Leaving Certificate Examination, 1921
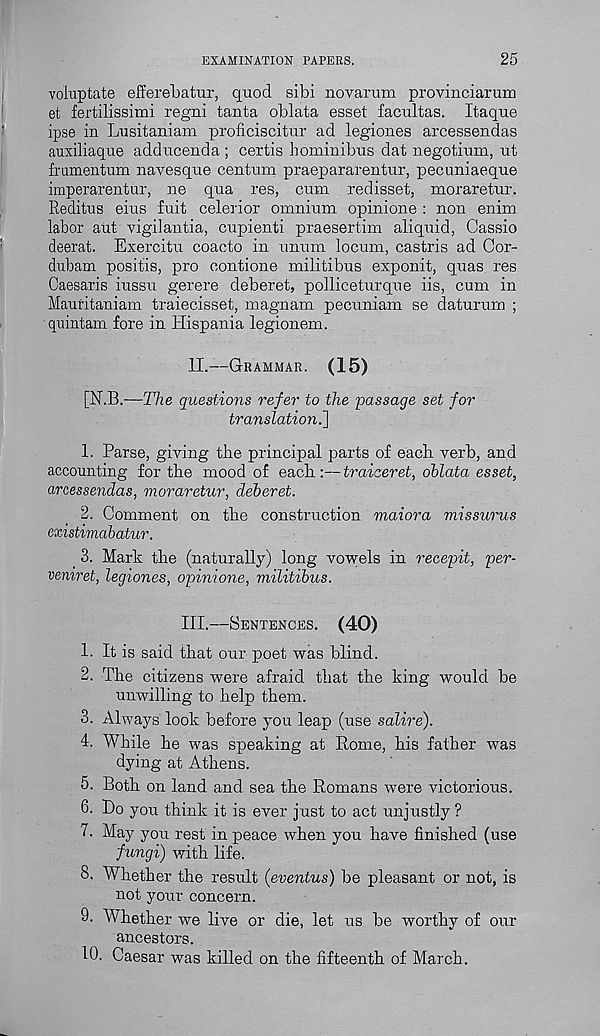
EXAMINATION PAPERS.
25
voiuptate efferebatur, quod sibi novarum provinciarum
et fertilissimi regni tanta oblata esset facultas. Itaque
ipse in Lusitaniam proficiscitur ad legiones arcessendas
auxiliaque adducenda ; certis hominibus dat negotium, ut
frumentum navesque centum praepararentur, pecuniaeque
imperarentur, ne qua res, cum redisset, moraretur.
Reditus eius fuit celerior omnium opinione : non enim
labor aut vigil antia, cupienti praesertim aliquid, Gassio
deerat. Exercitu coacto in unum locum, castris ad Cor-
dubam positis, pro contione militibus exponit, quas res
Caesaris iussu gerere deberet, polliceturque iis, cum in
Mauritaniam traiecisset, magnam pecuniam se daturum ;
quintain fore in Hispania legionem.
II.
—
[N.B.—TVie questions refer to the passage set for
translation.']
1. Parse, giving the principal parts of each verb, and
accounting for the mood of each:—traiceret, ohlata esset,
arcessendas, moraretur, deberet.
2. Comment on the construction maiora missurus
existimabatur.
' 3. Mark the (naturally) long vowels in recepit, per-
vemret, legiones, opinione, militibus.
III.
—
1. It is said that our poet was blind.
2. The citizens were afraid that the king would be
unwilling to help them.
3. Always look before you leap (use salire).
4. While he was speaking at Rome, his father was
dying at Athens.
5. Both on land and sea the Romans were victorious.
6. Bo you think it is ever just to act unjustly ?
7. May you rest in peace when you have finished (use
fungi) with life.
8. Whether the result (eventus) be pleasant or not, is
not your concern.
9. Whether we live or die, let us be worthy of our
ancestors.
10. Caesar was killed on the fifteenth of March.